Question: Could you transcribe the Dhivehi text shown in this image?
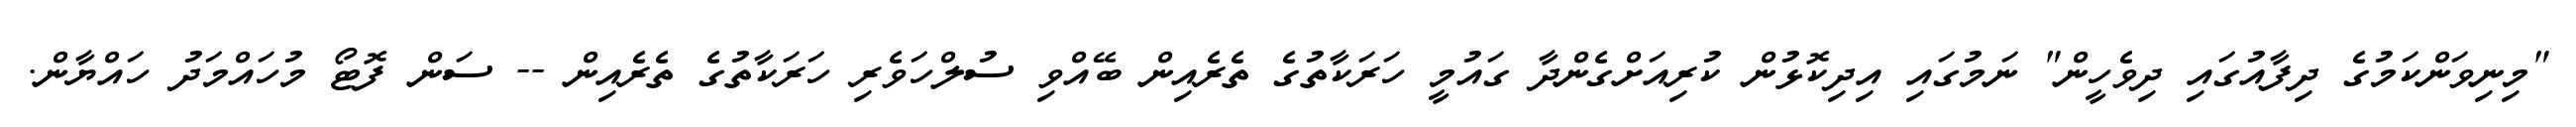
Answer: "މިނިވަންކަމުގެ ދިފާއުގައި ދިވެހީން" ނަމުގައި އިދިކޮޅުން ކުރިއަށްގެންދާ ގައުމީ ހަރަކާތުގެ ތެރެއިން ބޭއްވި ސުލްހަވެރި ހަރަކާތުގެ ތެރެއިން -- ސަން ފޮޓޯ މުހައްމަދު ހައްޔާން.